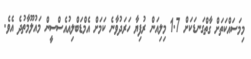
މިމަސައްކަތަށް ގާތްގަނޑަކަށް 1.7 މިލިއަން ރުފިޔާ ހަރަދުވާނެ ކަމަށް އެމްޑަބްލިއުއެސްސީން މައުލޫމާތުދެ އެވެ.